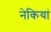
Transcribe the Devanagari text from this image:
नेकियां